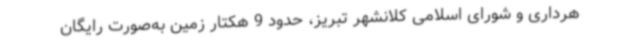
هرداری و شورای اسلامی کلانشهر تبریز، حدود 9 هکتار زمین به‌صورت رایگان